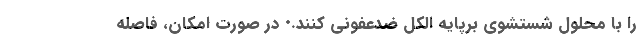
را با محلول شستشوی برپایه الکل ضدعفونی کنند.• در صورت امکان، فاصله